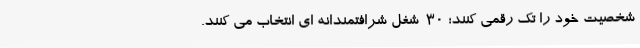
شخصیتِ خود را تَک رقمی کنند؛ 30-شغل شرافتمندانه ­ای انتخاب می­ کنند.